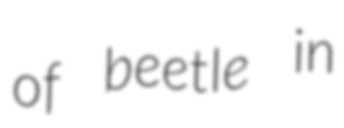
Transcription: of beetle in